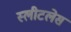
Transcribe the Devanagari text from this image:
स्लीटलेस